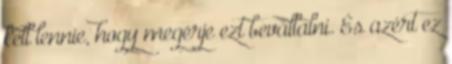
kell lennie, hogy megérje ezt bevállalni. És azért ez